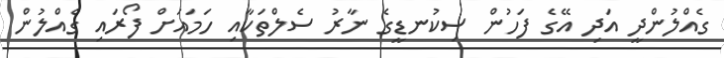
ގެއްލުންދީ އަދި އޭގެ ފަހުން ސިކުނޑީގެ ނާރު ސެލްތަކާއި ހަމައަށް ފޯރައި ގެއްލުން